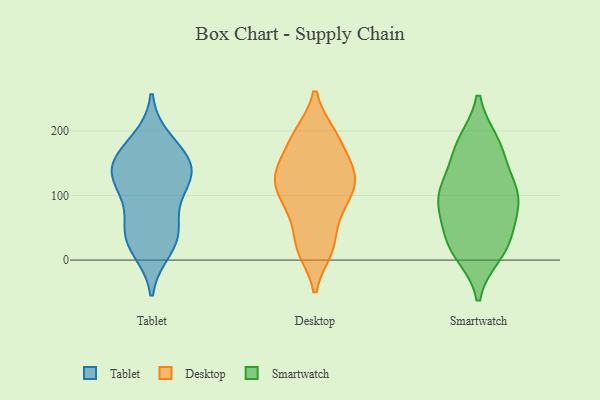
{"axis": {"x": "Net Income (USD K)", "y": "Value"}, "legend": ["Desktop", "Smartwatch", "Tablet"], "data": [{"x": "", "y": 184, "type": "Tablet"}, {"x": "", "y": 163, "type": "Tablet"}, {"x": "", "y": 124, "type": "Tablet"}, {"x": "", "y": 149, "type": "Tablet"}, {"x": "", "y": 150, "type": "Tablet"}, {"x": "", "y": 94, "type": "Tablet"}, {"x": "", "y": 129, "type": "Tablet"}, {"x": "", "y": 45, "type": "Tablet"}, {"x": "", "y": 38, "type": "Tablet"}, {"x": "", "y": 39, "type": "Tablet"}, {"x": "", "y": 18, "type": "Tablet"}, {"x": "", "y": 126, "type": "Tablet"}, {"x": "", "y": 137, "type": "Desktop"}, {"x": "", "y": 70, "type": "Desktop"}, {"x": "", "y": 101, "type": "Desktop"}, {"x": "", "y": 95, "type": "Desktop"}, {"x": "", "y": 16, "type": "Desktop"}, {"x": "", "y": 127, "type": "Desktop"}, {"x": "", "y": 195, "type": "Desktop"}, {"x": "", "y": 137, "type": "Desktop"}, {"x": "", "y": 79, "type": "Desktop"}, {"x": "", "y": 133, "type": "Desktop"}, {"x": "", "y": 25, "type": "Desktop"}, {"x": "", "y": 18, "type": "Desktop"}, {"x": "", "y": 158, "type": "Desktop"}, {"x": "", "y": 193, "type": "Desktop"}, {"x": "", "y": 120, "type": "Desktop"}, {"x": "", "y": 193, "type": "Desktop"}, {"x": "", "y": 22, "type": "Smartwatch"}, {"x": "", "y": 97, "type": "Smartwatch"}, {"x": "", "y": 29, "type": "Smartwatch"}, {"x": "", "y": 120, "type": "Smartwatch"}, {"x": "", "y": 180, "type": "Smartwatch"}, {"x": "", "y": 174, "type": "Smartwatch"}, {"x": "", "y": 12, "type": "Smartwatch"}, {"x": "", "y": 73, "type": "Smartwatch"}, {"x": "", "y": 172, "type": "Smartwatch"}, {"x": "", "y": 104, "type": "Smartwatch"}, {"x": "", "y": 30, "type": "Smartwatch"}, {"x": "", "y": 92, "type": "Smartwatch"}, {"x": "", "y": 98, "type": "Smartwatch"}]}